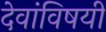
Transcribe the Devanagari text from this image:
देवांविषयी